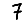
Digit: 7